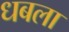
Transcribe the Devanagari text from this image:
धबला